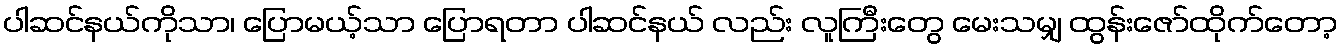
ပါဆင်နယ်ကိုသာ၊ ပြောမယ့်သာ ပြောရတာ ပါဆင်နယ် လည်း လူကြီးတွေ မေးသမျှ ထွန်းဇော်ထိုက်တော့